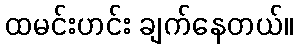
ထမင်းဟင်း ချက်နေတယ်။